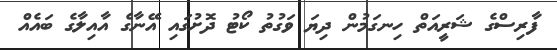
ފާރިސްގެ ޝަރީއަތް ހިނގަމުން ދިޔަ ވަގުތު ކޯޓު ދޮށުގައި އޭނާގެ އާއިލާގެ ބައެއް